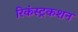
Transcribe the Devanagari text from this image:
रिकंस्ट्रकशन